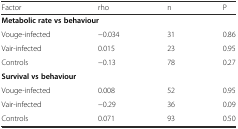
<table><thead><tr><td><b>Factor</b></td><td><b>rho</b></td><td><b>n</b></td><td><b>P</b></td></tr></thead><tbody><tr><td colspan="4"><b>Metabolic rate vs behaviour</b></td></tr><tr><td>Vouge-infected</td><td>−0.034</td><td>31</td><td>0.86</td></tr><tr><td>Vair-infected</td><td>0.015</td><td>23</td><td>0.95</td></tr><tr><td>Controls</td><td>−0.13</td><td>78</td><td>0.27</td></tr><tr><td colspan="4"><b>Survival vs behaviour</b></td></tr><tr><td>Vouge-infected</td><td>0.008</td><td>52</td><td>0.95</td></tr><tr><td>Vair-infected</td><td>−0.29</td><td>36</td><td>0.09</td></tr><tr><td>Controls</td><td>0.071</td><td>93</td><td>0.50</td></tr></tbody></table>